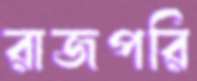
রাজপরি